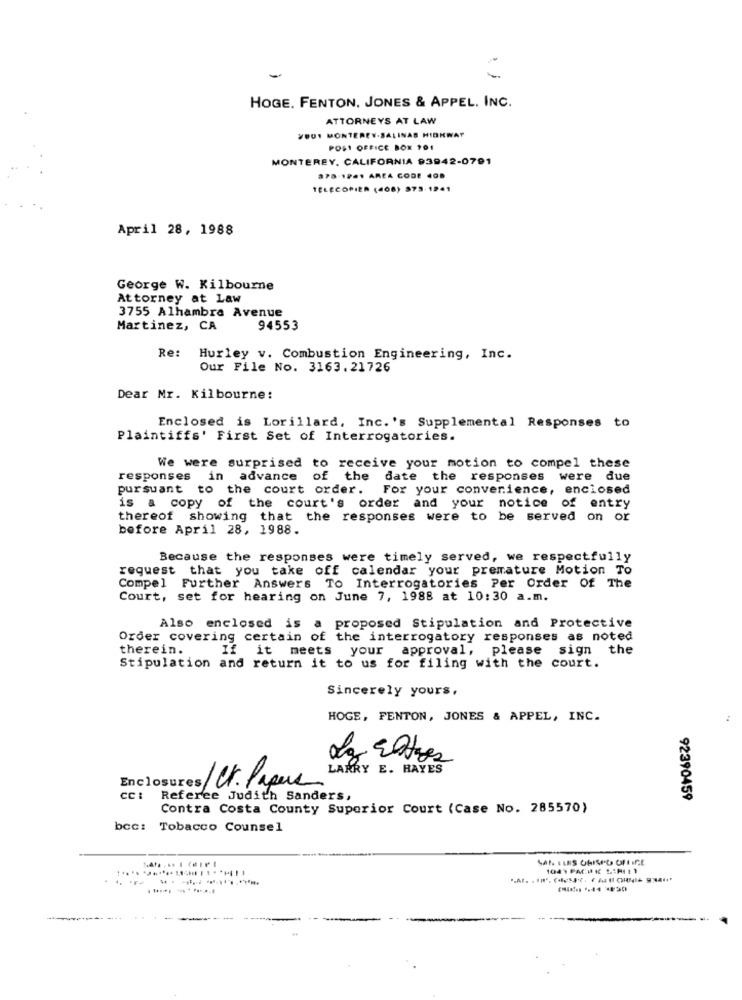
HOGE. FENTON. JONES & APPEL. INC.
ATTORNEYS AT LAW
VOUS MONTEREY-SALINAS HIGHWAY
POST OFFICE BOX 101
MONTEREY, CALIFORNIA 93942-0791
378-1941 AREA CODE 408
TELECOPIER (408) 373-1941
April 28, 1988
George W. Kilbourne
Attorney at Law
3755 Alhambra Avenue
Martinez, CA
94553
Re:
Hurley v. Combustion Engineering, Inc.
Our File No. 3163.21726
Dear Mr. Kilbourne:
Enclosed is Lorillard, Inc. 's Supplemental Responses to
Plaintiffs' First Set of Interrogatories.
We were surprised to receive your motion to compel these
responses in advance of the date the responses were due
pursuant to the court order.
For your convenience, enclosed
is a copy of the court's order and your notice of entry
thereof showing that the responses were to be served on or
before April 28, 1988.
Because the responses were timely served, we respectfully
request that you take off calendar your premature Motion To
Compel Further Answers To Interrogatories Per Order Of The
Court, set for hearing on June 7, 1988 at 10:30 a.m.
Also enclosed is a proposed Stipulation and Protective
Order covering certain of the interrogatory responses as noted
therein.
If it meets your approval, please sign the
Stipulation and return it to us for filing with the court.
Sincerely yours.
HOGE, FENTON, JONES & APPEL, INC.
Enclosures/ Ct. Papers LARRY E. BAYES
cc: Referee Judith Sanders,
92390459
Contra Costa County Superior Court (Case No. 285570)
bcc: Tobacco Counsel
SAI LUS CHISPD OFFICE
1049 PACH I 1.1HELT